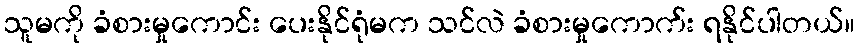
သူမကို ခံစားမှုကောင်း ပေးနိုင်ရုံမက သင်လဲ ခံစားမှုကောက်း ရနိုင်ပါတယ်။